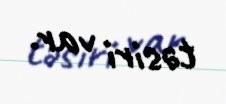
təsiri var.